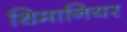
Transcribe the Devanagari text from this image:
थिमानियर